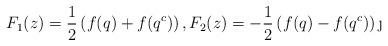
LaTeX: \begin{align*} F_1(z)=\frac{1}{2}\left(f(q) + f(q^c)\right),F_2(z)=-\frac{1}{2}\left(f(q) - f(q^c)\right)\j\end{align*}